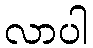
လာပါ